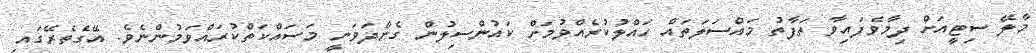
މާލޭ ސިޓީއަށް ދިމާވެފައިވާ ތަފާތު މައްސަލަތައް ހައްލުކުރެއްވުމަށް ކައުންސިލުން ގެންދަވަނީ މަސައްކަތްކުރައްވަމުންނެވެ. އޭގެތެރޭގައި